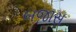
બજાસ